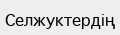
Селжуктердің